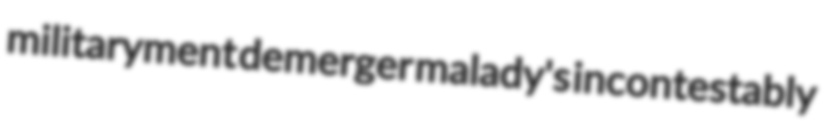
militaryment demerger malady's incontestably